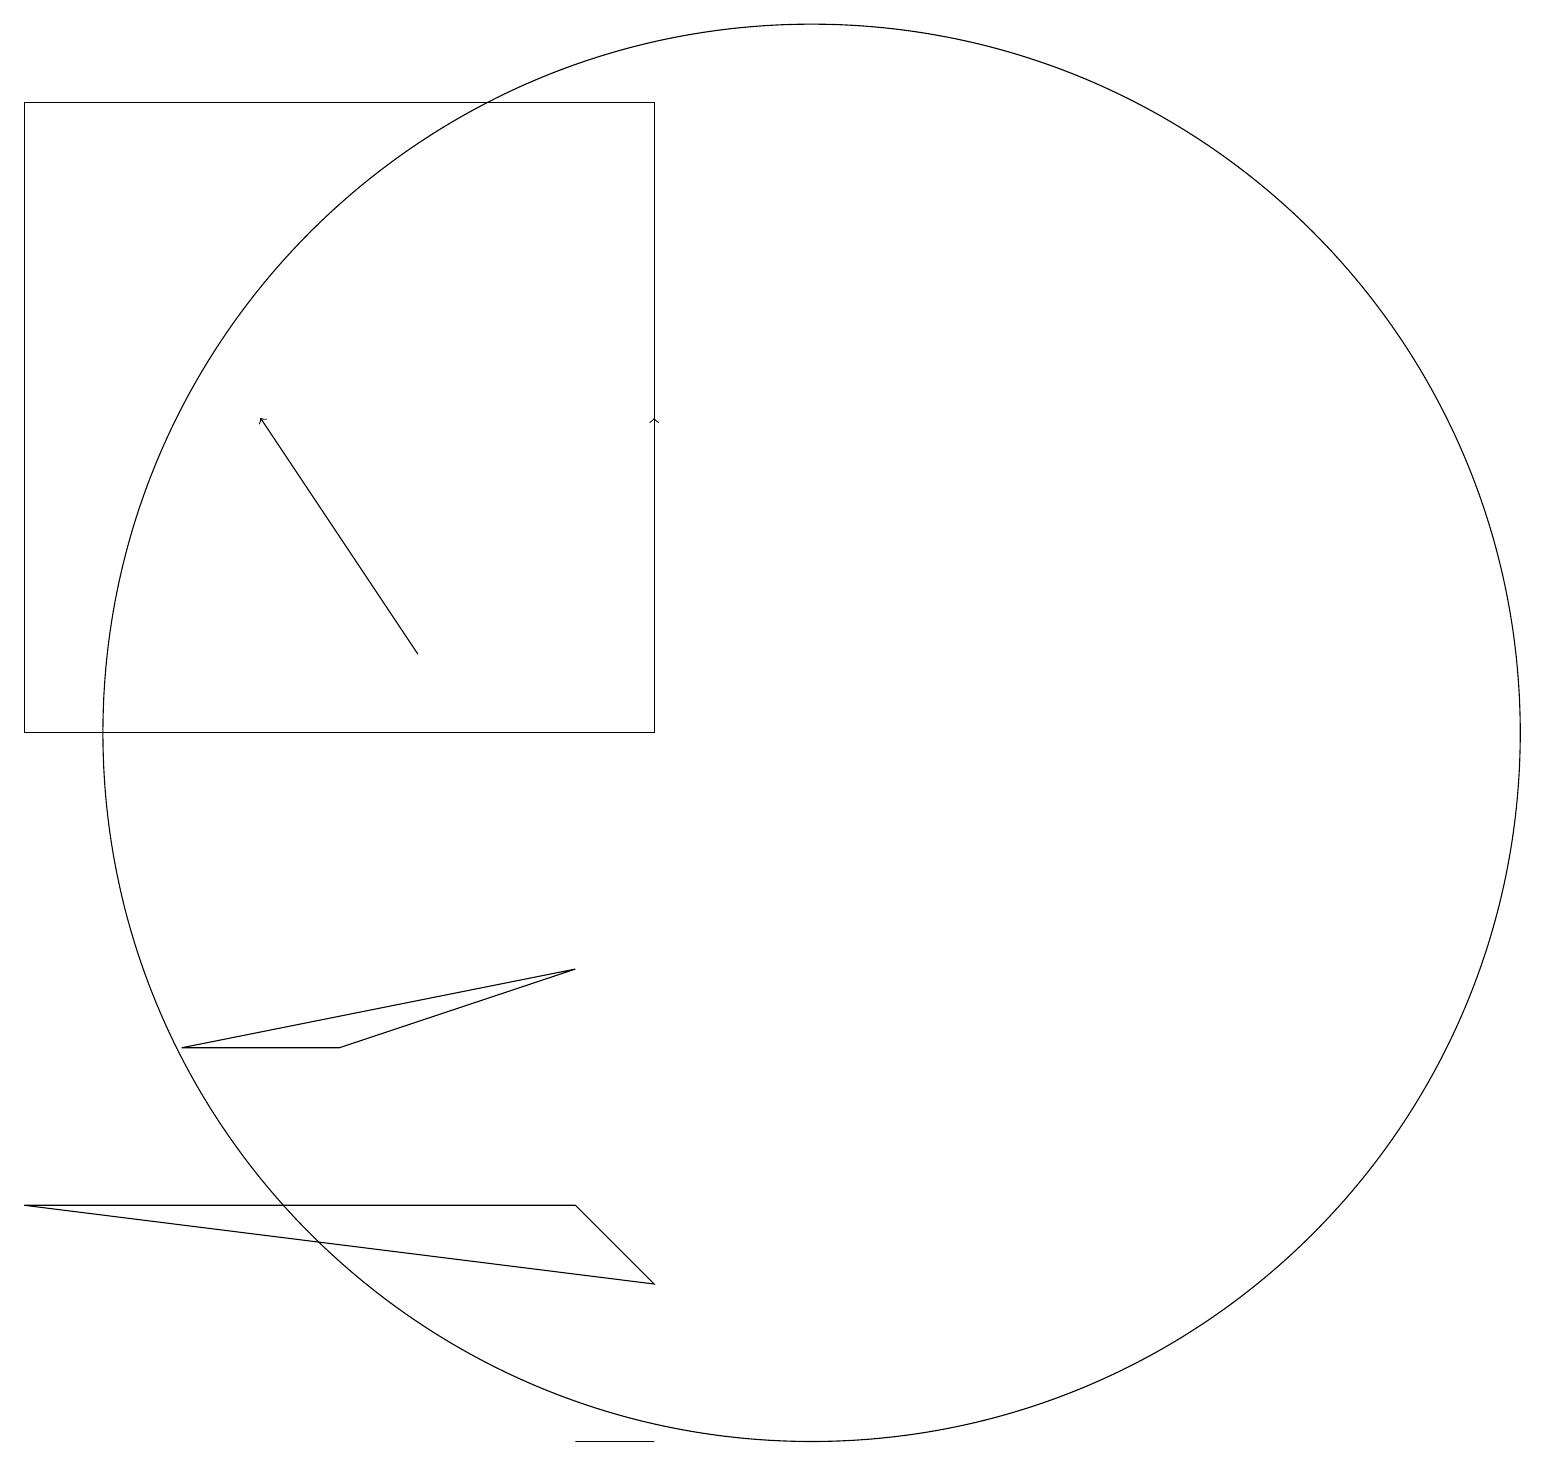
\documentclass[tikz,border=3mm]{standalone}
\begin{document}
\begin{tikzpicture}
\draw (8,5) -- (9,4) -- (1,5) -- cycle;
\draw[->] (9,12) -- (9,15);
\draw (5,7) -- (3,7) -- (8,8) -- cycle;
\draw (11,11) circle (9);
\draw[->] (6,12) -- (4,15);
\draw (9,11) rectangle (1,19);
\draw (8,2) -- (9,2) -- (8,2) -- cycle;
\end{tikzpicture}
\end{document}